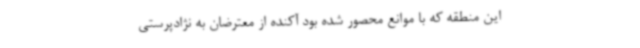
این منطقه که با موانع محصور شده بود آکنده از معترضان به نژادپرستی